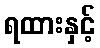
ရထားနှင့်